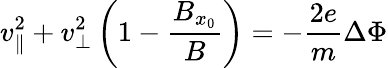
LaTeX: v_{\parallel}^{2}+v_{\perp}^{2}\left(1-\frac{B_{x_{0}}}{B}\right)=-\frac{2e}{m}\Delta\Phi